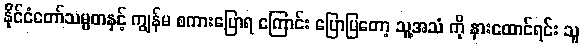
နိုင်ငံတော်သမ္မတနှင့် ကျွန်မ စကားပြောရ ကြောင်း ပြောပြတော့ သူ့အသံ ကို နားထောင်ရင်း သူ